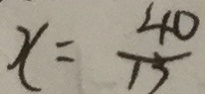
x = \frac { 4 0 } { 1 5 }